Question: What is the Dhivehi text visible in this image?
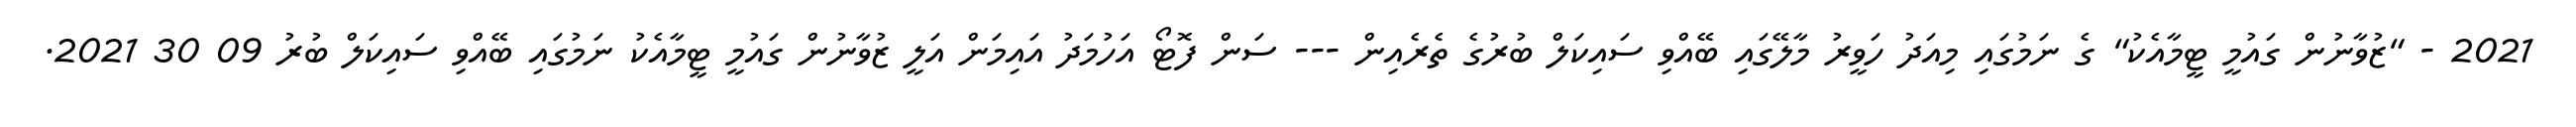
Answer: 2021 - "ޒުވާނުން ގައުމީ ޓީމާއެކު" ގެ ނަމުގައި މިއަދު ހަވީރު މާލޭގައި ބޭއްވި ސައިކަލް ބުރުގެ ތެރެއިން --- ސަން ފޮޓޯ އަހުމަދު އައިމަން އަލީ ޒުވާނުން ގައުމީ ޓީމާއެކު ނަމުގައި ބޭއްވި ސައިކަލް ބުރު 09 30 2021.